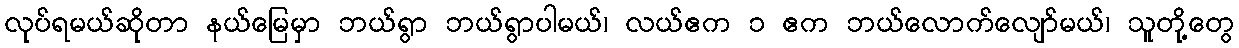
လုပ်ရမယ်ဆိုတာ နယ်မြေမှာ ဘယ်ရွာ ဘယ်ရွာပါမယ်၊ လယ်ဧက ၁ ဧက ဘယ်လောက်လျော်မယ်၊ သူတို့တွေ